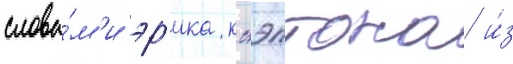
слова́м'и эр'ика клэптона и́з